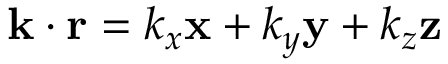
\mathbf { k } \cdot \mathbf { r } = k _ { x } \mathbf { x } + k _ { y } \mathbf { y } + k _ { z } \mathbf { z }